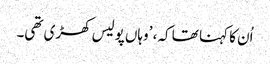
اُن کا کہنا تھا کہ، ’وہاں پولیس کھڑی تھی۔